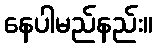
နေပါမည်နည်း။